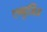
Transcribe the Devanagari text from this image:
एब्युज़िज़